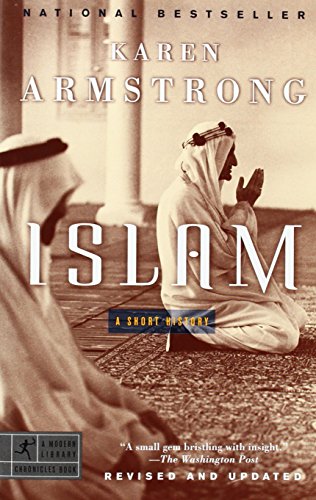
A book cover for Islam: A Short History (Modern Library Chronicles); Karen Armstrong; History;